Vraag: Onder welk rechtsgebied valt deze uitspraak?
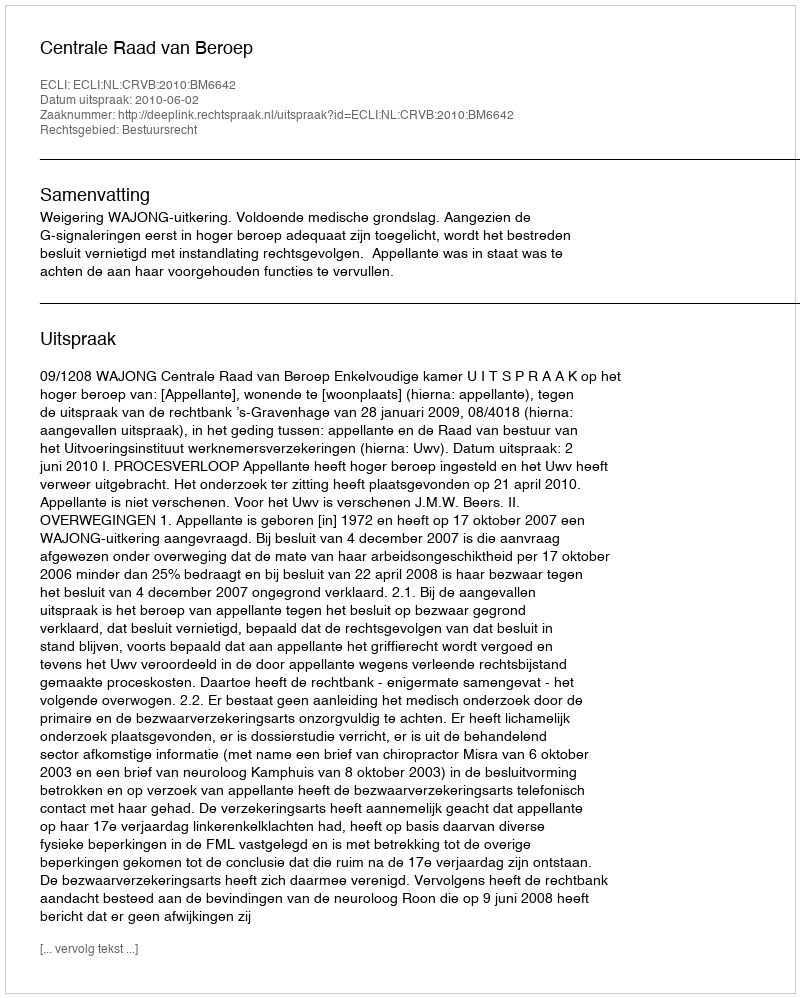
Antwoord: Bestuursrecht